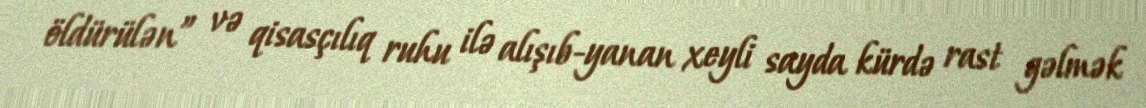
öldürülən” və qisasçılıq ruhu ilə alışıb-yanan xeyli sayda kürdə rast gəlmək